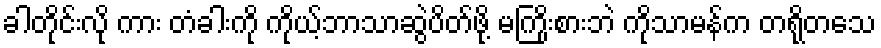
ခါတိုင်းလို ကား တံခါးကို ကိုယ့်ဘာသာဆွဲပိတ်ဖို့ မကြိုးစားဘဲ ကိုသာမန်က တရိုတသေ